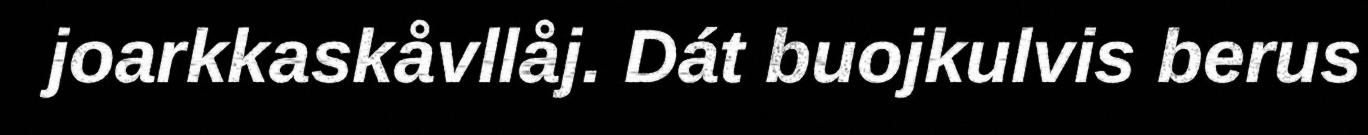
joarkkaskåvllåj. Dát buojkulvis berus